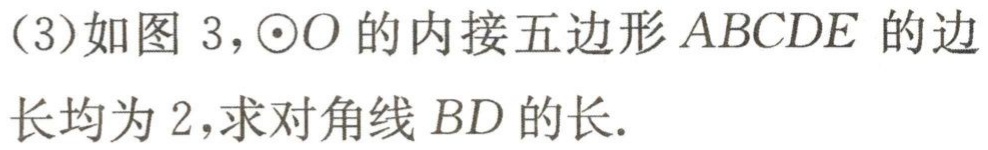
(3)如图 3，$\odot O$的内接五边形$ABCDE$的边长均为$2$，求对角线$BD$的长.